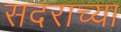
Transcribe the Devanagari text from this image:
सदराच्या